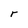
Character: r